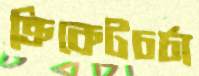
ক্রিকেটচর্চা